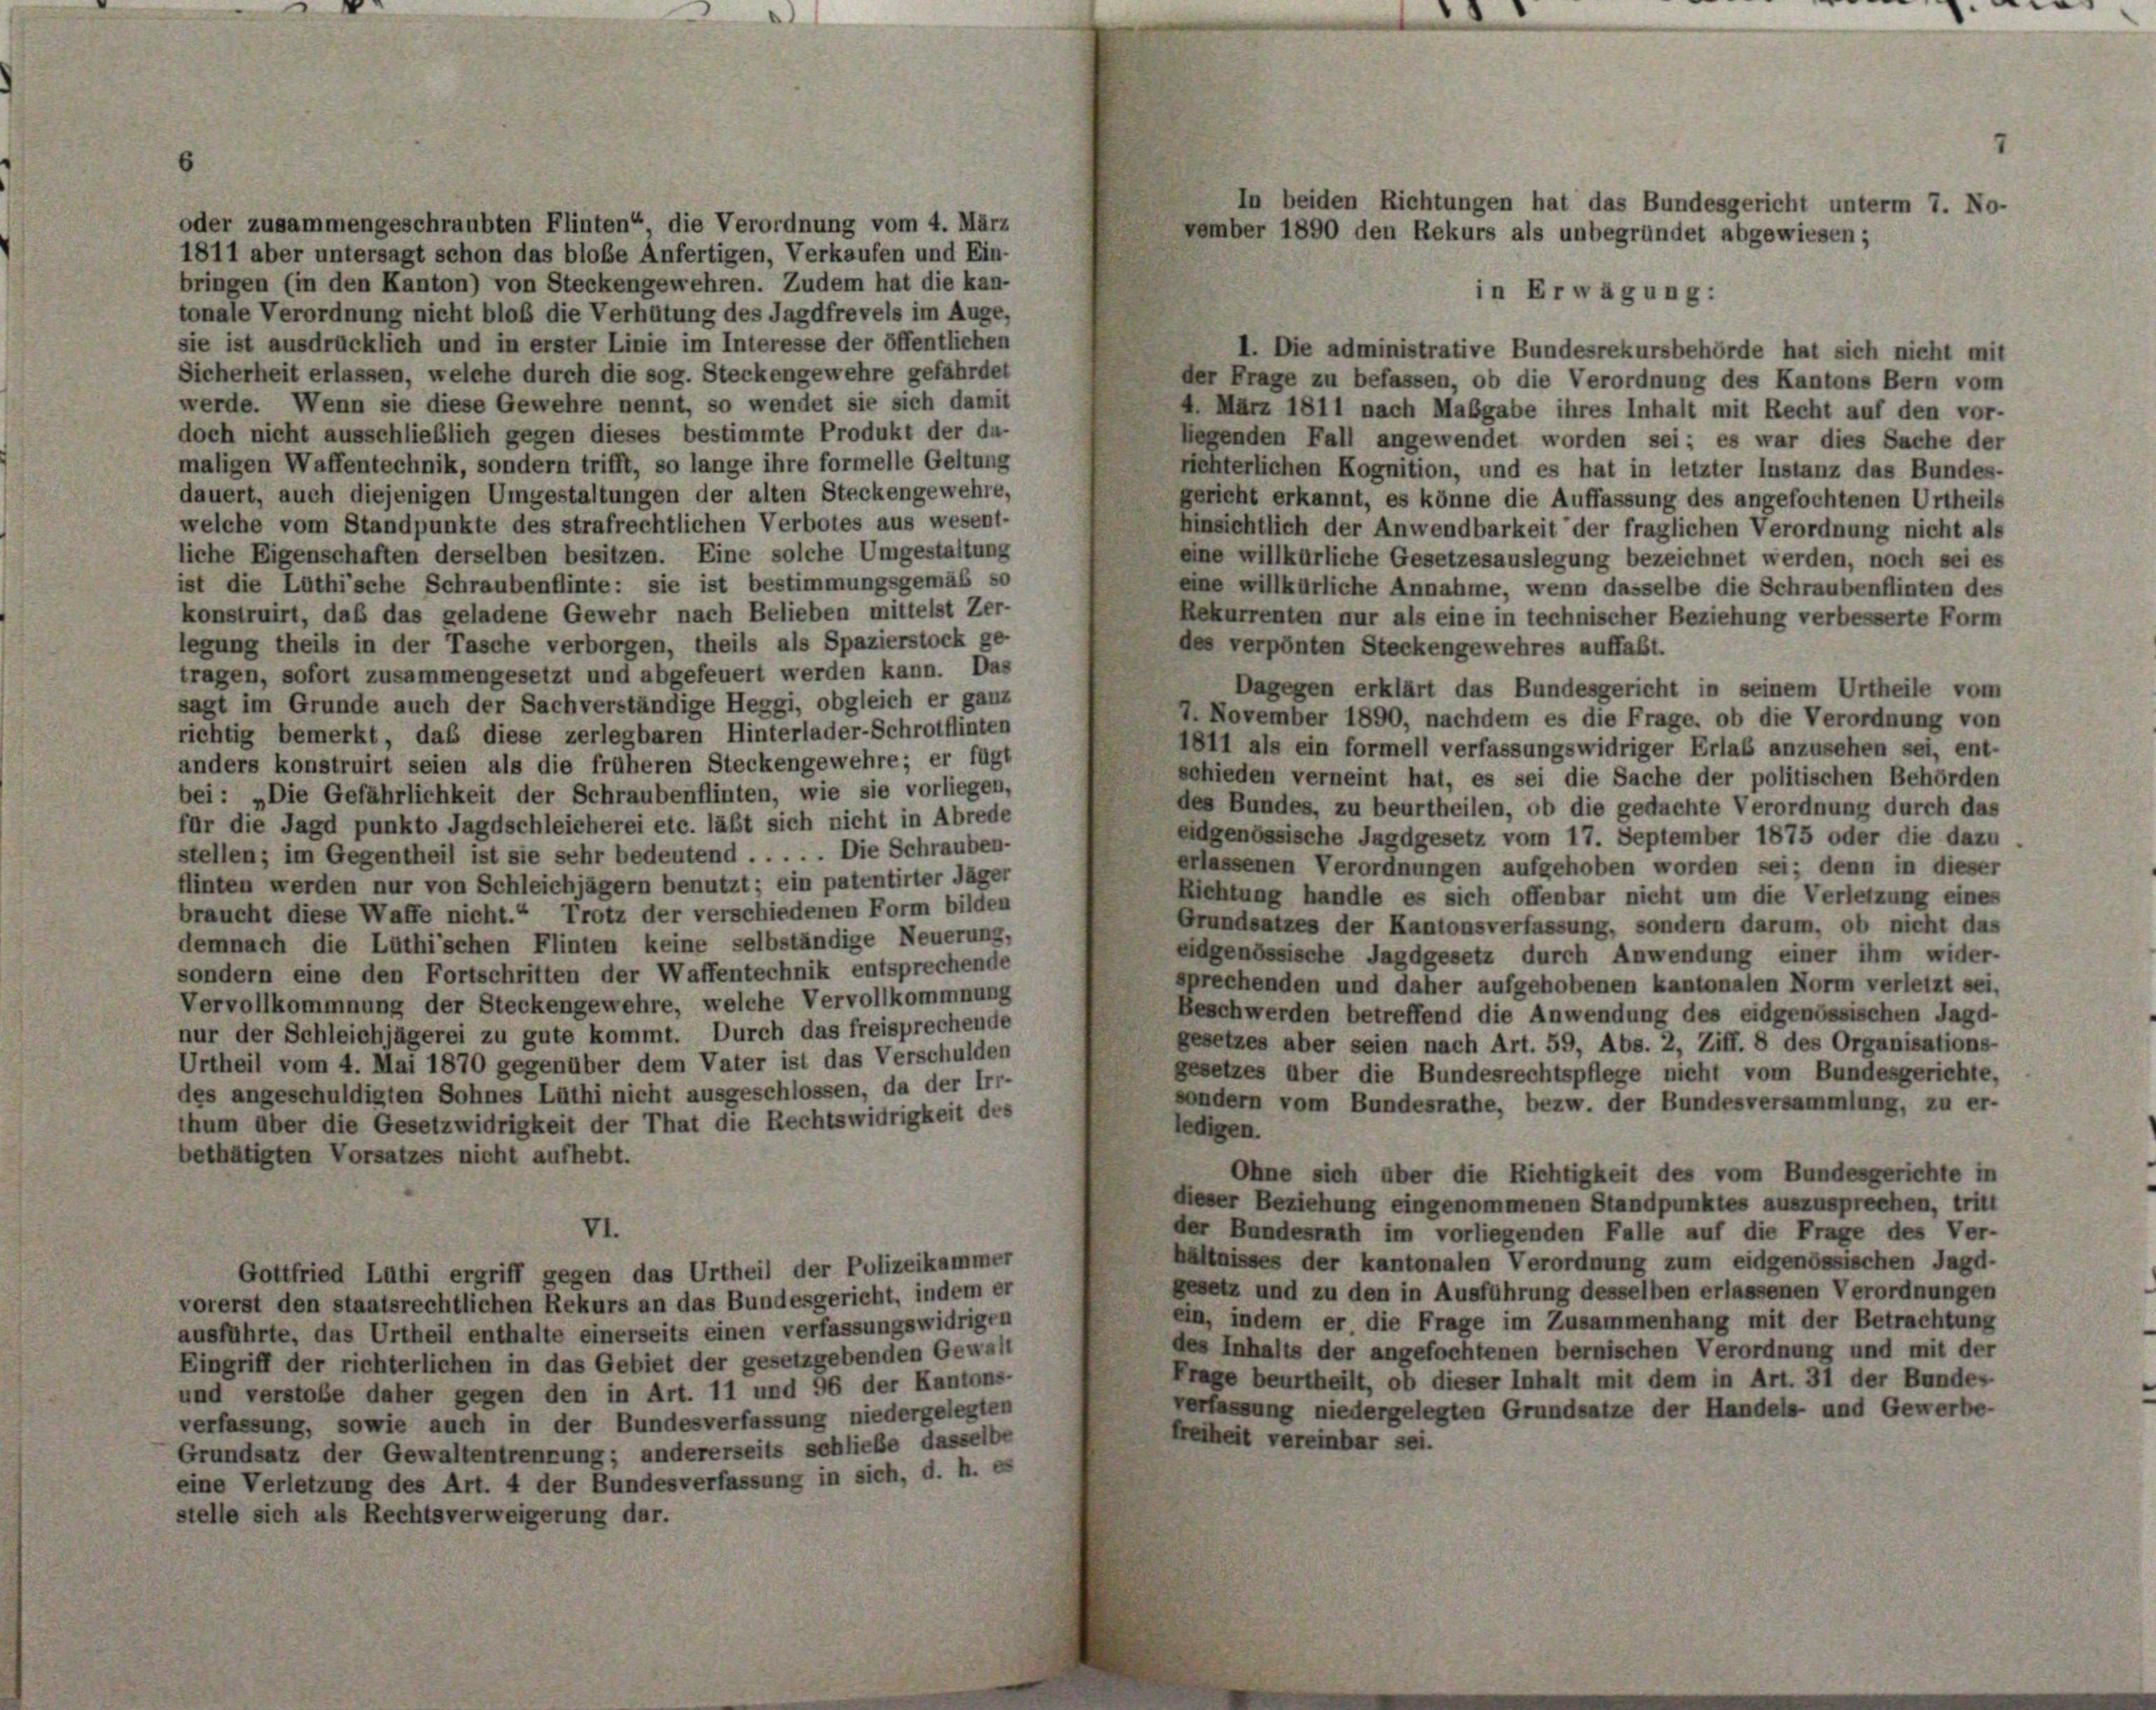
oder zusammengeschraubten Flinten“ die Verordnung vom 4. März
1811 aber untersagt schon das blobe Anfertigen, Verkaufen und Ein-
bringen (in den Kanton) von Steckengewehren. Zudem hat die kan-
in Erwägung:
tonale Verordnung nicht bloß die Verhütung des Jagdfrevels im Auge,
sie ist ausdrücklich und in erster Linie im Interesse der öffentlichen
I. Die administrative Bundesrekursbehörde hat sich nicht mit
Sicherheit erlassen, welche durch die sog. Steckengewehre gefährdet
der Frage zu befassen, ob die Verordnung des Kantons Bern vom
werde. Wenn sie diese Gewehre nennt, so wendet sie sich damit
4. März 1811 nach Mabgabe ihres Inhalt mit Recht auf den vor-
doch nicht ausschließlich gegen dieses bestimmte Produkt der da-
legenden Fall angewendet worden sei; es war dies Sache der
maligen Waffentechnik, sondern trifft, so lange ihre formelle Geltung
richterlichen Kognition, und es hat in letzter Instanz das Bundes-
dauert, auch diejenigen Umgestaltungen der alten Steckengewehre,
gericht erkannt, es könne die Auffassung des angefochtenen Urtheils
welche vom Standpunkte des strafrechtlichen Verbotes aus wesent-
hinsichtlich der Anwendbarkeit der fraglichen Verordnung nicht als
liche Eigenschaften derselben besitzen. Eine solche Umgestaltung
eine willkürliche Gesetzesauslegung bezeichnet werden, noch sei es
ist die Lüthische Schraubenflinte: sie ist bestimmungsgemäß so
eine willkürliche Annahme, wenn dasselbe die Schraubenflinten der
konstruirt, daß das geladene Gewehr nach Belieben mittelst Zer-
Rekurrenten nur als eine in technischer Beziehung verbesserte Form
legung theils in der Tasche verborgen, theils als Spazierstock ge-
des verpönten Steckengewehres auffaßt.
tragen, sofort zusammengesetzt und abgefeuert werden kann. Das
Dagegen erklärt das Bundesgericht in seinem Urtheile vom
sagt im Grunde auch der Sachverständige Heggi, obgleich er ganz
7. November 1890, nachdem es die Frage, ob die Verordnung von
richtig bemerkt, daß diese zerlegbaren Hinterlader-Schrotflinten
1811 als ein formell verfassungswidriger Erlaß anzusehen sei, ent-
anders konstruirt seien als die früheren Steckengewehre; er fügt
schieden verneint hat, es sei die Sache der politischen Behörden
bei: „Die Gefährlichkeit der Schraubenflinten, wie sie vorliegen,
des Bundes, zu beurtheilen, ob die gedachte Verordnung durch das
für die Jagd punkto Jagdschleicherei etc. läßt sich nicht in Abrede
eidgenössische Jagdgesetz vom 17. September 1875 oder die dazu
stellen; im Gegentheil ist sie sehr bedeutend . . . . . Die Schrauben-
erlassenen Verordnungen aufgehoben worden sei; denn in dieser
Hinten werden nur von Schleichjägern benutzt; ein patentirter Jäger
Richtung handle es sich offenbar nicht um die Verletzung eines
braucht diese Waffe nicht.“ Trotz der verschiedenen Form bilden
Grundsatzes der Kantonsverfassung, sondern darum, ob nicht das
demnach die Lüthischen Flinten keine selbständige Neuerung,
eidgenössische Jagdgesetz durch Anwendung einer ihm wider-
sondern eine den Fortschritten der Waffentechnik entsprechende
sprechenden und daher aufgehobenen kantonalen Norm verletzt sei,
Vervollkommnung der Steckengewehre, welche Vervollkommnung
Beschwerden betreffend die Anwendung des eidgenössischen Jagd-
nur der Schleichjägerei zu gute kommt. Durch das freisprechende
gesetzes aber seien nach Art. 59, Abs. 2, Ziff. 8 des Organisations-
Urtheil vom 4. Mai 1870 gegenüber dem Vater ist das Verschulden
gesetzes über die Bundesrechtspflege nicht vom Bundesgerichte,
des angeschuldigten Sohnes Läthi nicht ausgeschlossen, da der Irr-
sondern vom Bundesrathe, bezw. der Bundesversammlung, zu er-
thum über die Gesetzwidrigkeit der That die Rechtswidrigkeit des
ledigen.
bethätigten Vorsatzes nicht aufhebt.
Ohne sich über die Richtigkeit des vom Bundesgerichte in
dieser Beziehung eingenommenen Standpunktes auszusprechen, tritt
VI.
der Bundesrath im vorliegenden Falle auf die Frage des Ver-
hältnisses der kantonalen Verordnung zum eidgenössischen Jagd-
Gottfried Lüthi ergriff gegen das Urtheil der Polizeikammer
gesetz und zu den in Ausführung desselben erlassenen Verordnungen
vorerst den staatsrechtlichen Rekurs an das Bundesgericht, indem er
ein, indem er die Frage im Zusammenhang mit der Betrachtung
ausführte, das Urtheil enthalte einerseits einen verfassungswidrigen
des Inhalts der angefochtenen bernischen Verordnung und mit der
Eingriff der richterlichen in das Gebiet der gesetzgebenden Gewalt
Frage beurtheilt, ob dieser Inhalt mit dem in Art. 31 der Bundes
und verstoße daher gegen den in Art. 11 und 96 der Kantons-
verfassung niedergelegten Grundsatze der Handels- und Gewerbe-
verfassung, sowie auch in der Bundesverfassung niedergelegten
freiheit vereinbar sei.
Grundsatz der Gewaltentrennung; andererseits schließe dasselbe
eine Verletzung des Art. 4 der Bundesverfassung in sich, d. h. es
stelle sich als Rechtsverweigerung dar.

e

In beiden Richtungen hat das Bundesgericht unterm 7. No-
vember 1890 den Rekurs als unbegründet abgewiesen;

i